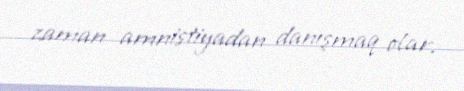
zaman amnistiyadan danışmaq olar.